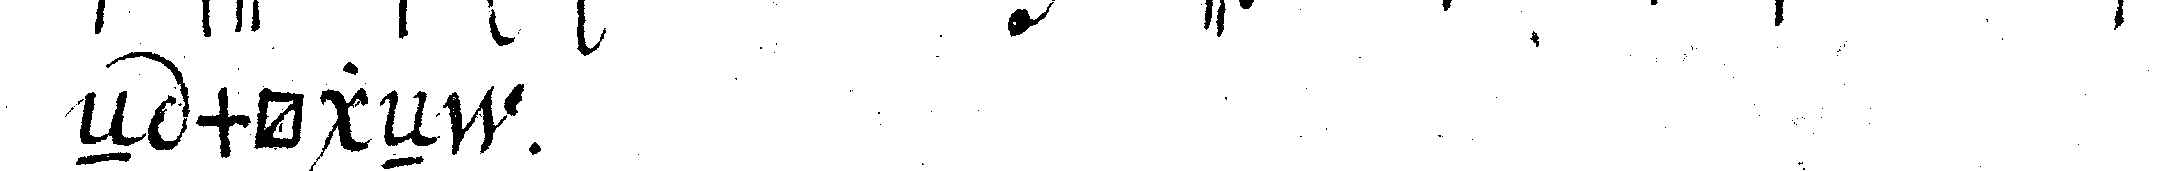
eN mögeN .